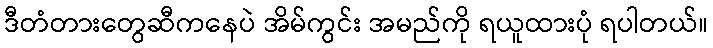
ဒီတံတားတွေဆီကနေပဲ အိမ်ကွင်း အမည်ကို ရယူထားပုံ ရပါတယ်။